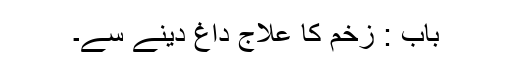
باب : زخم کا علاج داغ دینے سے۔